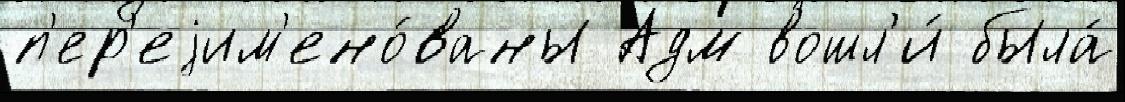
п'ер'еjим'ено́ваны Адм вошл'и́ была́